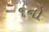
૧નો